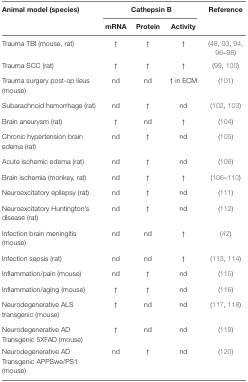
<table><thead><tr><td><b>Animal model (species)</b></td><td colspan="3"><b>Cathepsin B</b></td><td><b>Reference</b></td></tr><tr><td></td><td><b>mRNA</b></td><td><b>Protein</b></td><td><b>Activity</b></td><td></td></tr></thead><tbody><tr><td>Trauma TBI (mouse, rat)</td><td>↑</td><td>↑</td><td>↑</td><td>(48, 93, 94, 96–98)</td></tr><tr><td>Trauma SCC (rat)</td><td>↑</td><td>↑</td><td>↑</td><td>(99, 100)</td></tr><tr><td>Trauma surgery post-op ileus (mouse)</td><td>nd</td><td>nd</td><td>↑ in ECM</td><td>(101)</td></tr><tr><td>Subarachnoid hemorrhage (rat)</td><td>nd</td><td>↑</td><td>nd</td><td>(102, 103)</td></tr><tr><td>Brain aneurysm (rat)</td><td>↑</td><td>nd</td><td>↑</td><td>(104)</td></tr><tr><td>Chronic hypertension brain edema (rat)</td><td>nd</td><td>↑</td><td>nd</td><td>(105)</td></tr><tr><td>Acute ischemic edema (rat)</td><td>nd</td><td>↑</td><td>nd</td><td>(106)</td></tr><tr><td>Brain ischemia (monkey, rat)</td><td>nd</td><td>↑</td><td>↑</td><td>(106–110)</td></tr><tr><td>Neuroexcitatory epilepsy (rat)</td><td>nd</td><td>↑</td><td>nd</td><td>(111)</td></tr><tr><td>Neuroexcitatory Huntington’s disease (rat)</td><td>nd</td><td>↑</td><td>nd</td><td>(112)</td></tr><tr><td>Infection brain meningitis (mouse)</td><td>nd</td><td>nd</td><td>↑</td><td>(42)</td></tr><tr><td>Infection sepsis (rat)</td><td>nd</td><td>nd</td><td>↑</td><td>(113, 114)</td></tr><tr><td>Inflammation/pain (mouse)</td><td>nd</td><td>↑</td><td>nd</td><td>(115)</td></tr><tr><td>Inflammation/aging (mouse)</td><td>↑</td><td>↑</td><td>nd</td><td>(116)</td></tr><tr><td>Neurodegenerative ALS transgenic (mouse)</td><td>↑</td><td>nd</td><td>nd</td><td>(117, 118)</td></tr><tr><td>Neurodegenerative AD Transgenic 5XFAD (mouse)</td><td>↑</td><td>nd</td><td>nd</td><td>(119)</td></tr><tr><td>Neurodegenerative AD Transgenic APPSwe/PS1 (mouse)</td><td>nd</td><td>↑</td><td>nd</td><td>(120)</td></tr></tbody></table>